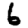
Digit: 6